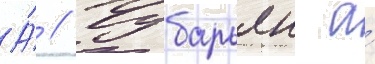
А́ // Чубарьян а́